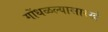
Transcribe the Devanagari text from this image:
गोंधळल्यासारखे